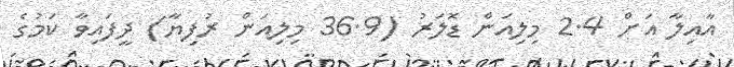
އާއިލާ އަށް 2.4 މިލިއަން ޑޮލަރު (36.9 މިލިއަން ރުފިޔާ) ދީފައިވާ ކަމުގެ